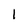
Character: I